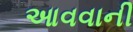
આવવાની